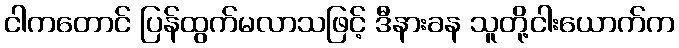
ငါကတောင် ပြန်ထွက်မလာသဖြင့် ဒီနားခန သူတို့ငါးယောက်က